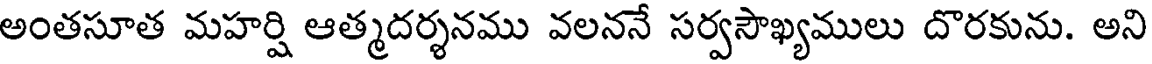
అంతసూత మహర్షి ఆత్మదర్శనము వలననే సర్వసౌఖ్యములు దొరకును. అని